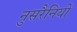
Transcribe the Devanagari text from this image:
नुसरैनियों